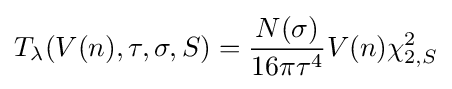
T_{\lambda }(V(n),\tau ,\sigma ,S)={\frac {N(\sigma )}{16\pi \tau ^{4}}}V(n)\chi _{2,S}^{2}